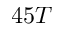
4 5 T